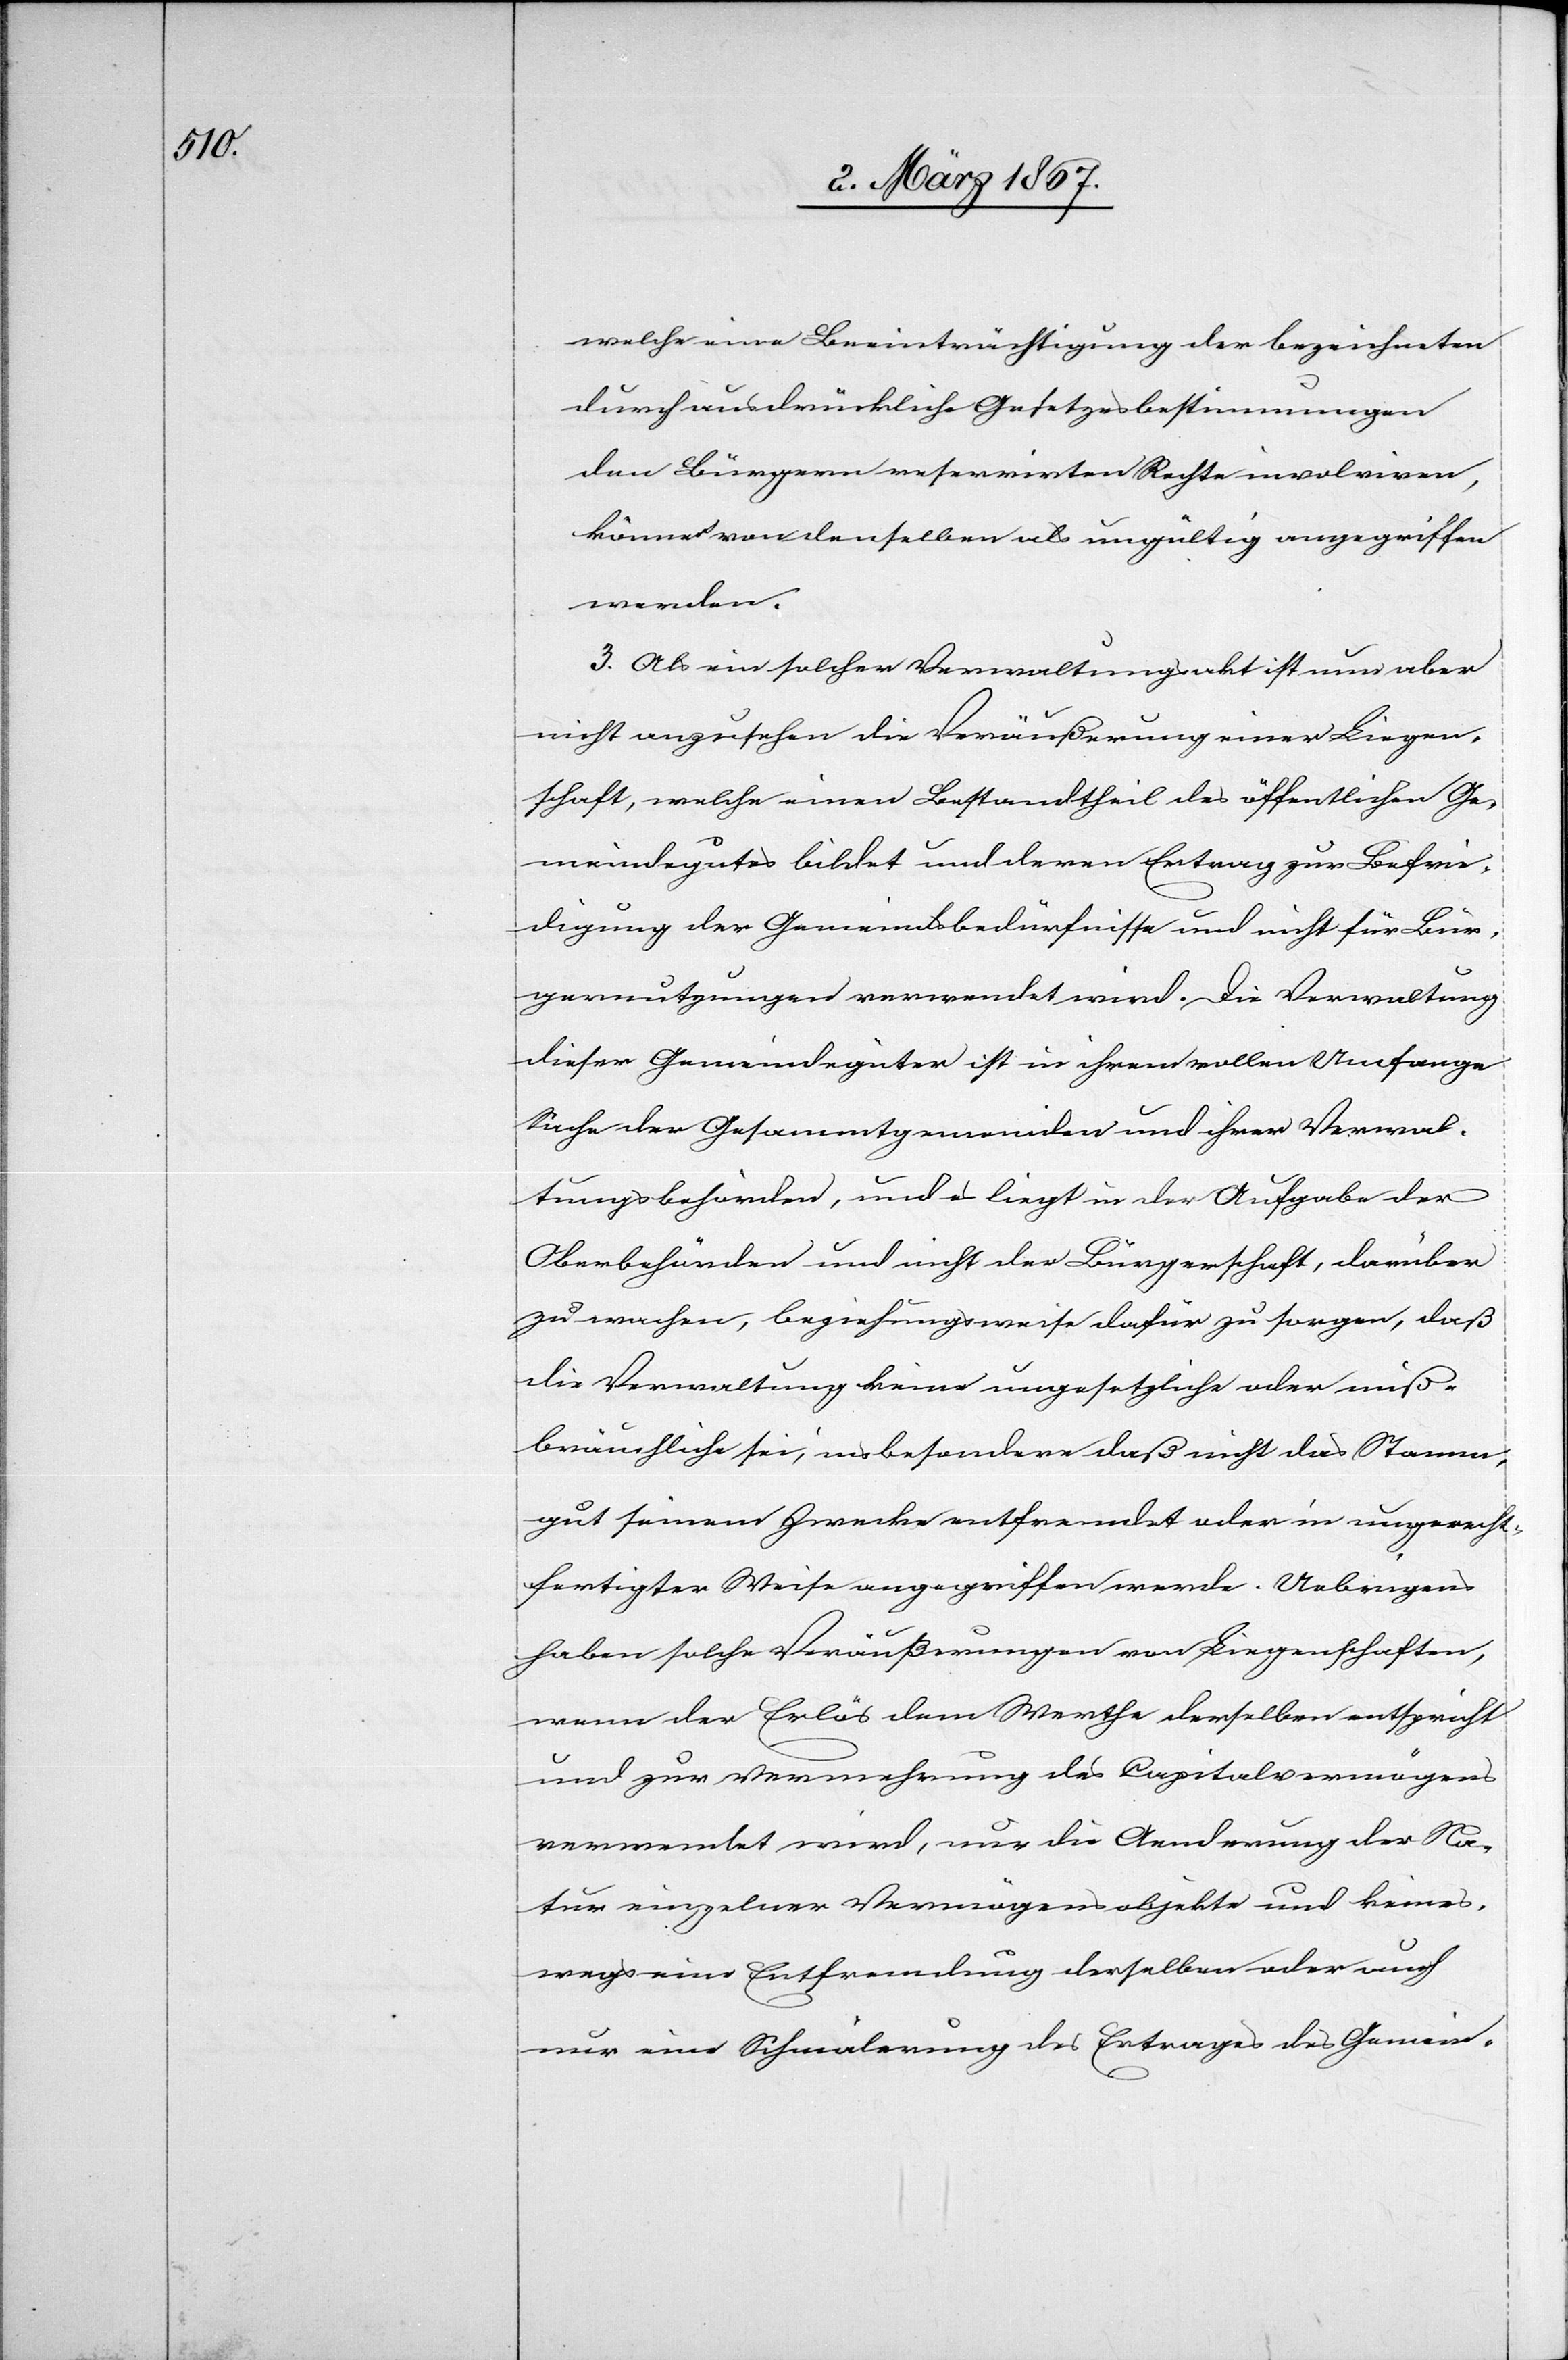
welche eine Beeinträchtigung der bezeichneten
durch ausdrückliche Gesetzesbestimmungen
den Bürgern reservirten Rechte involvieren,
können von denselben ungültig angegriffen
werden.
3. Als ein solcher Verwaltungsakt ist nun aber
nicht anzusehen die Veräußerung einer Liegen¬
schaft, welche einen Bestandtheil des öffentlichen Ge¬
meindegutes bildet und deren Ertrag zur Befrie¬
dung der Gemeindsbedürfnisse und nicht für Bür¬
gernutzungen verwendet wird. Die Verwaltung
dieser Gemeindegüter ist in ihrem vollen Umfange
Sache der Gesammtgemeinden und ihrer Verwalt¬
ungsbehörden und nicht der Bürgerschaft, darüber
zu wachen, beziehungsweise dafür zu sorgen, daß
die Verwaltung keine ungesetzliche oder miß¬
bräuchliche sei, insbesondere daß nicht das Stamm¬
gut seinem Zweck entfremdet oder in ungerecht¬
fertigter Weise angegriffen werde. Uebrigens
haben solche Veräußerungen von Liegenschaften,
wenn der Erlös dem Werthe derselben entspricht
und zur Vermehrung des Capitalvermögens
verwendet wird, nur die Aenderung der Na¬
tur einzelner Vermögensobjekte und keines¬
wegs eine Entfremdung des Ertrages des Gemein-